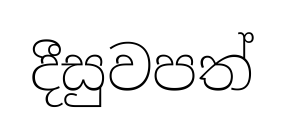
දීසුවපත්